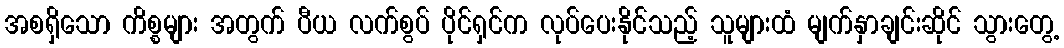
အစရှိသော ကိစ္စများ အတွက် ပီယ လက်စွပ် ပိုင်ရှင်က လုပ်ပေးနိုင်သည့် သူများထံ မျက်နှာချင်းဆိုင် သွားတွေ့